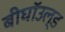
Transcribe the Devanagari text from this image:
बीघॉउल्ड